画像に写った文字を読んでください
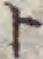
「ト」と書いてあります